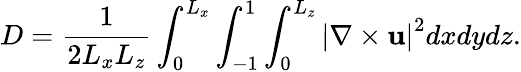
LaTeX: D=\frac{1}{2L_{x}L_{z}}\int_{0}^{L_{x}}\int_{-1}^{1}\int_{0}^{L_{z}}\left|\nabla\times\mathbf{u}\right|^{2}dxdydz.